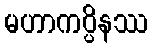
မဟာကပ္ပိနဿ